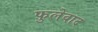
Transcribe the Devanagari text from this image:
फुलेवाद